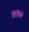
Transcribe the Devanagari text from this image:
चिंतिले